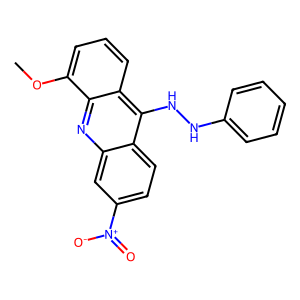
SMILES: COc1cccc2c(NNc3ccccc3)c3ccc([N+](=O)[O-])cc3nc12
Inhibits HIV replication: No